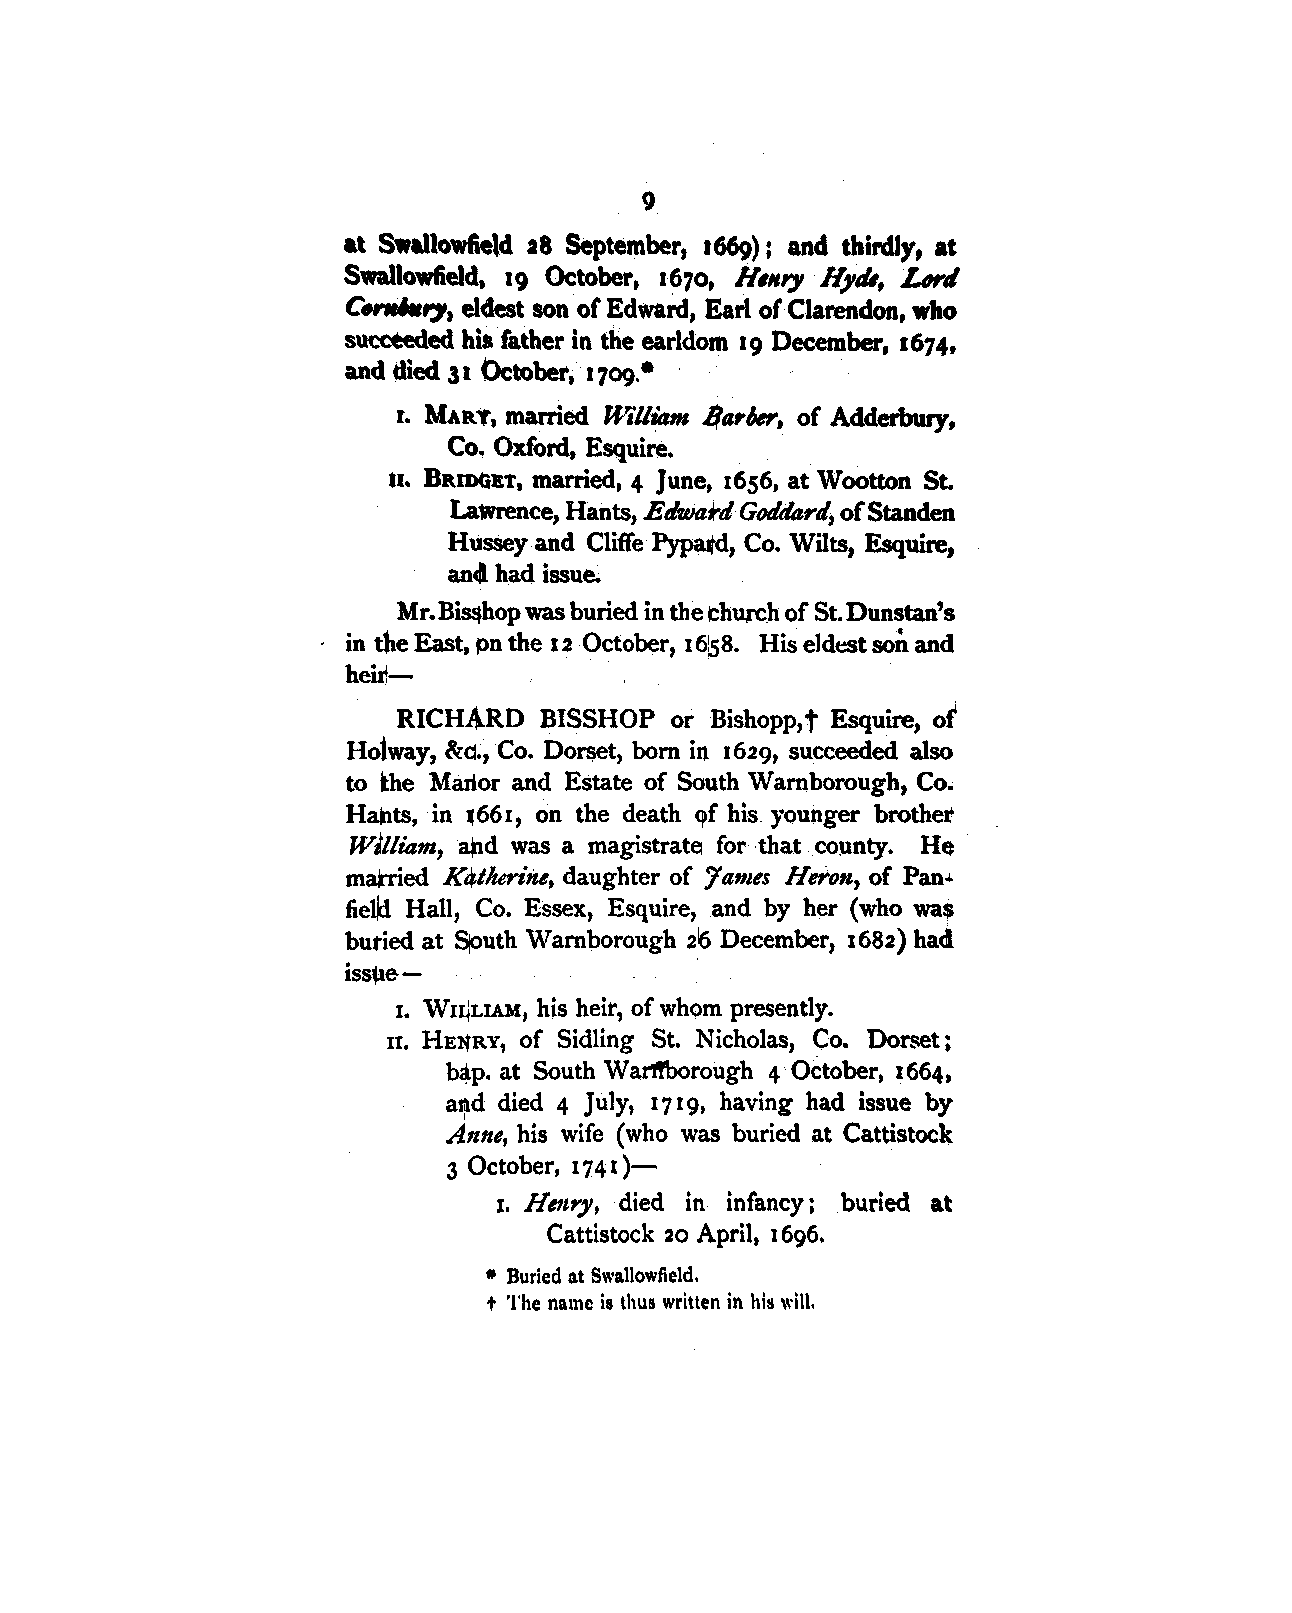
9
 at Swallowfield a8 September, 1669): and thirdly, at
 c.,..,,.,.
 Swallowfield, 19 October, 1670, H1Hr., IIJ,dl, Ltwtl
 or
 eldest son or Edward, Earl Clarendon, who
 succeeded his Cather in the earldom 19 December, 1674,
 and died 31 October, 1709.•
 r. MART, married W,1/iam /Ja,IJer, of Adderbury,
 Co. Oxford, Esquire.
 u. BamGET, married, 4 June, 1656, at Wootton St.
 Lawrence, Hant s, Etlwat'tl Goddart/, of Standen
 Hussey and Cliffe Pypatd, Co. Wilts, Esquire,
 ancl ha<l issue.
 Mr. Bi~hop was buried in the church of St. Dunstan's
 son
 in the East, pn the u October, 16~8. His elddlt and
 heitl-
 t        ot
 RICHARD   BISSHOP or Bishopp, Esquire,
 &c:.,
 Hoiway,   Co. Do~et, born in 1629, succeeded also
 to the Marlor and Estate of South Wamborough, Co.
 Han.ts, in ~661, on the death qf his younger brothet
 William, apd was a magistrate for that county. He
 married Kq,tlterine, daughter of 'James Heron, of Pan•
 fiel~ Hall, Co. Essex, Esquire, and by her (who wa$
 butied at ~uth Wamborough 216 December, 1682) had
 issµe-
 1. Wn+LIAM, his heir, of wh6m presently.
 n. HE?il'RY, of Sidling St. Nicholas, Co. Dorset;
 b4p. at South Warlfborough 4 October, 1664,
 and died 4 July, 1719, having had issue by
 Anne, his wife (who was buried at Cattistock
 3 October, 1741)-
 1. Henry, died in infancy i buried at
 Cattistock 20 April, 1696.
 • Buried at Swallowfield.
 t The name is thus written in his will,